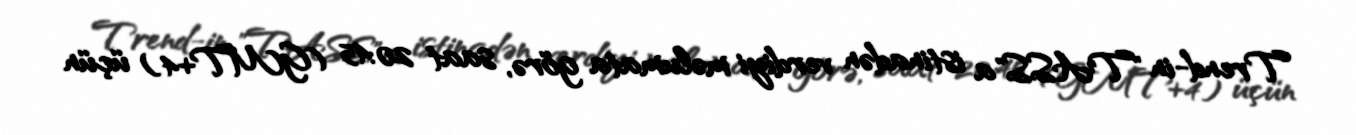
Trend-in "TASS"a istinadən verdiyi məlumata görə, saat 20:45 (GMT+4) üçün